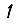
Digit: 1